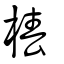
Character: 椿